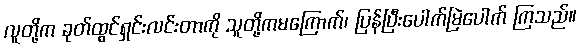
လူတို့က ခုတ်ထွင်ရှင်းလင်းတာကို သူတို့ကမကြောက်၊ ပြန်ပြီးပေါက်မြဲပေါက် ကြသည်။